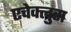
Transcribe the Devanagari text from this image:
एचेक्लुस